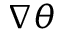
\nabla \theta